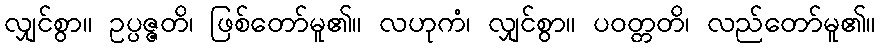
လျှင်စွာ။ ဥပ္ပဇ္ဇတိ၊ ဖြစ်တော်မူ၏။ လဟုကံ၊ လျှင်စွာ။ ပဝတ္တတိ၊ လည်တော်မူ၏။